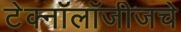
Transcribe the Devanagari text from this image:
टेक्नॉलॉजीजचे